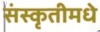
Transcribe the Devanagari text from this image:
संस्कृतीमधे